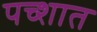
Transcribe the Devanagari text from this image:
पच्शात